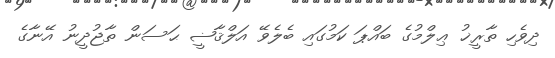
ދިވެހި ތާރީޚު ޢިލްމުގެ ބައްޕަ ކަމުގައި ބެލެވޭ އަލްޤާޟީ ޙަސަން ތާޖުދީނު އޭނާގެ